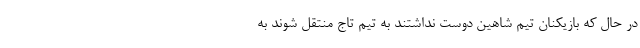
در حال که بازیکنان تیم شاهین دوست نداشتند به تیم تاج منتقل شوند به